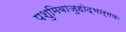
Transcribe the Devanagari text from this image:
पशुमिवाजुहोद्भार्गवः